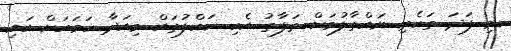
މި ފަދަ ތަކެތި ނައްތާލުމަށް ތަފާތު އެކި ހައްލުތައް މިއަދާ ހަމައަށް އައި